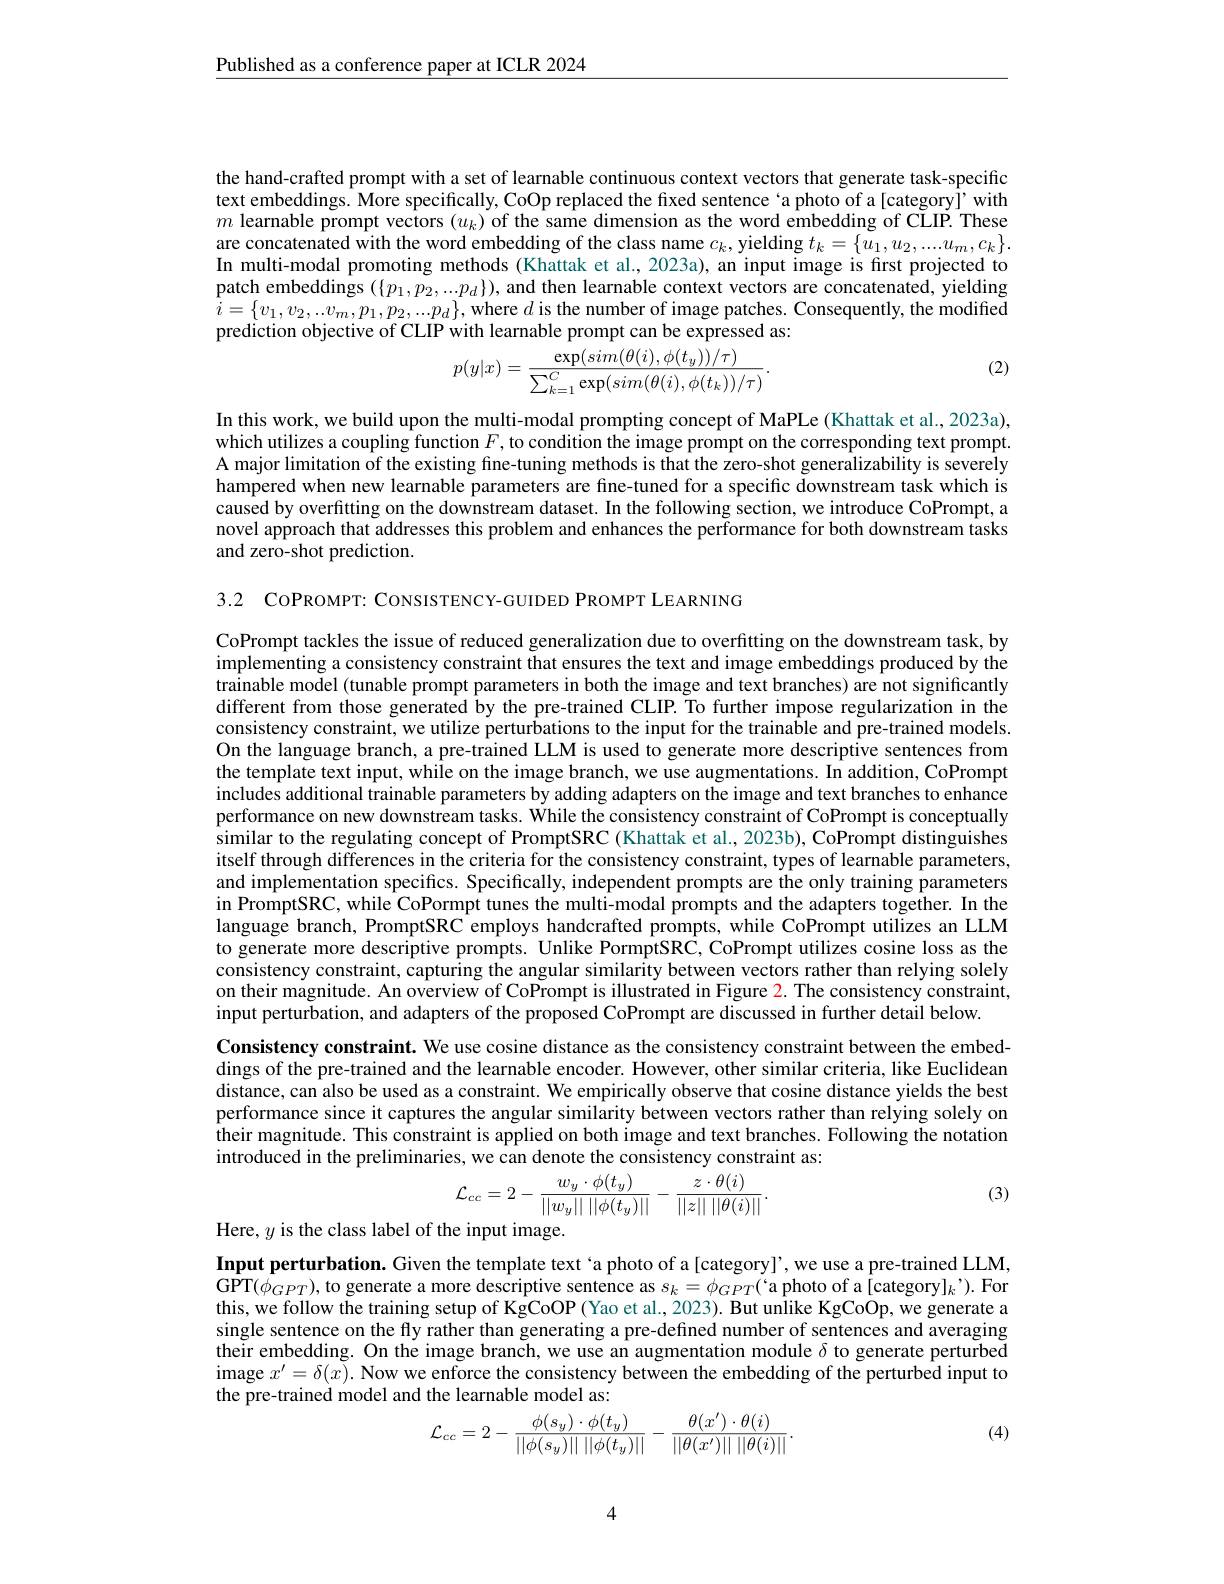
$\underline{\text{Published as a conference paper at ICLR 2024}}$

the hand-crafted prompt with a set of learnable continuous context vectors that generate task-specific text embeddings. More specifically, CoOp replaced the fixed sentence 'a photo of a[category]' with $m$ learnable prompt vectors $(u_k)$ of the same dimension as the word embedding of CLIP. These are concatenated with the word embedding of the class name $c_k$, yielding $t_k=\{u_1,u_2,...u_m,c_k\}.$ In multi-modal promoting methods (Khattak et al., 2023a), an input image is first projected to patch embeddings $(\{p_1,p_2,...p_d\})$, and then learnable context vectors are concatenated, yielding $i= \{ v_{1}, v_{2}, . . v_{m}, p_{1}, p_{2}, . . . p_{d}\} $, where $d$ is the number of image patches. Consequently, the modiffed prediction objective of CLIP with learnable prompt can be expressed as:
$$p(y|x)=\frac{\exp(sim(\theta(i),\phi(t_y))/\tau)}{\sum_{k=1}^C\exp(sim(\theta(i),\phi(t_k))/\tau)}.$$
(2)

In this work, we build upon the multi-modal prompting concept of MaPLe (Khattak et al., 2023a), which utilizes a coupling function $F$, to condition the image prompt on the corresponding text prompt. A major limitation of the existing fine-tuning methods is that the zero-shot generalizability is severely hampered when new learnable parameters are fine-tuned for a specific downstream task which is caused by overfitting on the downstream dataset. In the following section, we introduce CoPrompt, a novel approach that addresses this problem and enhances the performance for both downstream tasks and zero-shot prediction.

3.2 COPROMPT: CONSISTENCY-GUIDED PROMPT LEARNING

CoPrompt tackles the issue of reduced generalization due to overfitting on the downstream task, by implementing a consistency constraint that ensures the text and image embeddings produced by the trainable model (tunable prompt parameters in both the image and text branches) are not significantly different from those generated by the pre-trained CLIP. To further impose regularization in the consistency constraint, we utilize perturbations to the input for the traina$\hat{\text{ble and pre-trained models.}}$ On the language branch, a pre-trained LLM is used to generate more descriptive sentences from the template text input, while on the image branch, we use augmentations. In addition, CoPrompt includes additional trainable parameters by adding adapters on the image and text branches to enhance performance on new downstream tasks. While the consistency constraint of CoPrompt is conceptually similar to the regulating concept of PromptSRC (Khattak et al., 2023b), CoPrompt distinguishes itself through differences in the criteria for the consistency constraint, types of learnable parameters, and implementation specifics. Specifically, independent prompts are the only training parameters in PromptSRC, while CoPormpt tunes the multi-modal prompts and the adapters together. In the language branch, PromptSRC employs handcrafted prompts, while CoPrompt utilizes an LLM to generate more descriptive prompts. Unlike PormptSRC, CoPrompt utilizes cosine loss as the consistency constraint, capturing the angular similarity between vectors rather than relying solely on their magnitude. An overview of CoPrompt is illustrated in Figure $\color{red}2.$ The consistency constraint, input perturbation, and adapters of the proposed CoPrompt are discussed in further detail below.
Consistency constraint. We use cosine distance as the consistency constraint between the embeddings of the pre-trained and the learnable encoder. However, other similar criteria, like Euclidean distance, can also be used as a constraint. We empirically observe that cosine distance yields the best performance since it captures the angular similarity between vectors rather than relying solely on their magnitude. This constraint is applied on both image and text branches. Following the notation introduced in the preliminaries, we can denote the consistency constraint as:
$$\mathcal{L}_{cc}=2-\frac{w_{y}\cdot\phi(t_{y})}{||w_{y}||\:||\phi(t_{y})||}-\frac{z\cdot\theta(i)}{||z||\:||\theta(i)||}.$$
(3)

Here, $y$ is the class label of the input image.

Input perturbation. Given the template text`a photo of a[category]',we use a pre-trained LLM, $\bar{\mathrm{GPT}}(\dot{\phi}_{GPT})$,to generate a more descriptive sentence as $s_k=\phi_{GPT}($'a photo of a[category]$_k’).$For this, we follow the training setup of KgCoOP (Yao et al., 2023). But unlike KgCoOp, we generate a single sentence on the fly rather than generating a pre-defined number of sentences and averaging their embedding. On the image branch, we use an augmentation module $\delta$ to generate perturbed $\begin{array}{c}\mathrm{image~}x^{\prime}=\delta(x).&\text{Now we enforce the consistency between the embedding of the perturbed input to}\\\end{array}$ the pre-trained model and the learnable model as:
$$\mathcal{L}_{cc}=2-\frac{\phi(s_y)\cdot\phi(t_y)}{||\phi(s_y)||\:||\phi(t_y)||}-\frac{\theta(x')\cdot\theta(i)}{||\theta(x')||\:||\theta(i)||}.$$
(4)

4